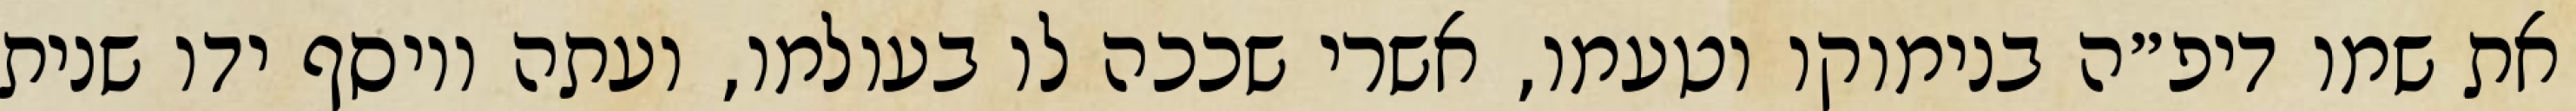
את שמו דיפ״ה בנימוקו וטעמו, אשרי שככה לו בעולמו, ועתה ויוסף ידו שנית